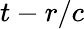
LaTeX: t-r/c